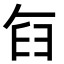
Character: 𮍥